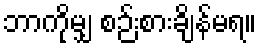
ဘာကိုမျှ စဉ်းစားချိန်မရ။